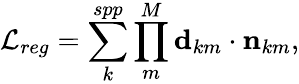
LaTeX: \mathcal{L}_{reg}=\sum_{k}^{spp}\prod_{m}^{M}\mathbf{d}_{km}\cdot\mathbf{n}_{km},